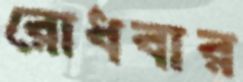
রোধবার